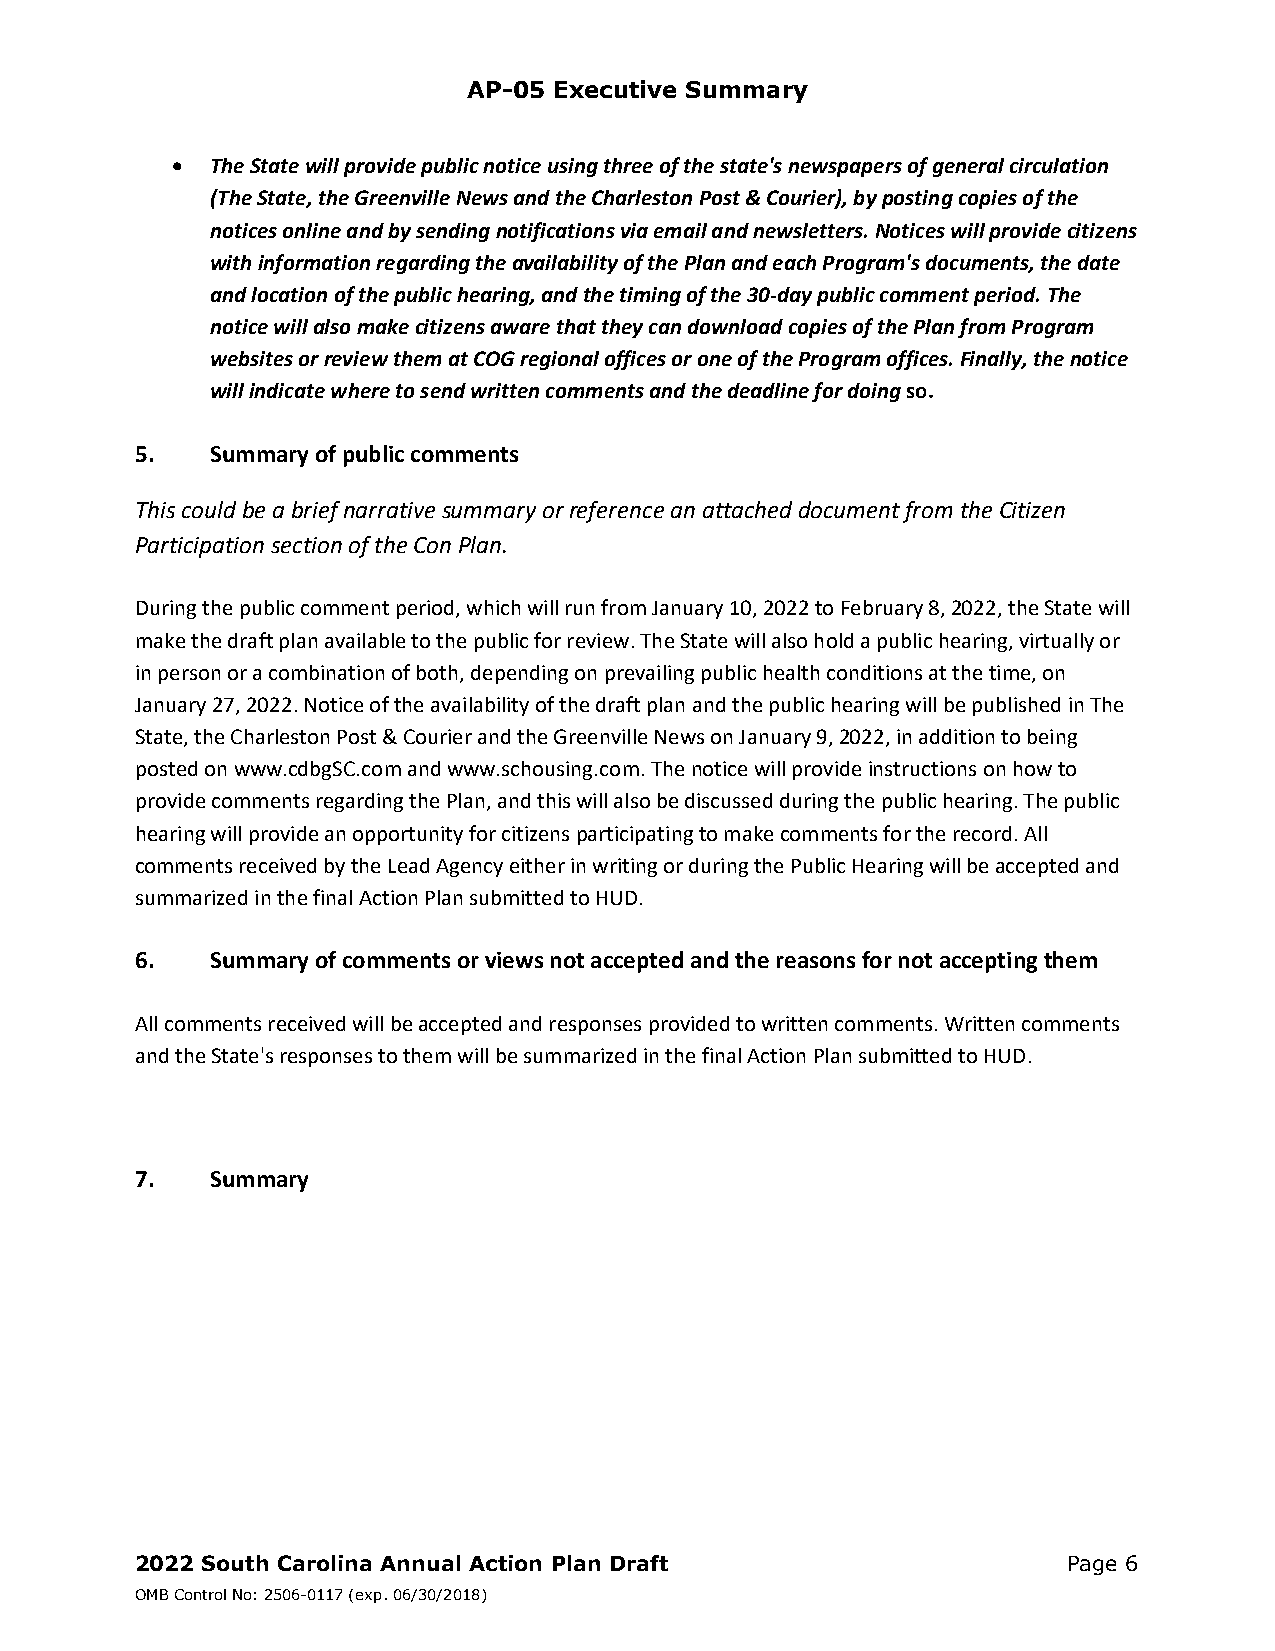
AP-05 Executive Summary
   The State will provide public notice using three of the state's newspapers of general circulation
 (The State, the Greenville News and the Charleston Post & Courier), by posting copies of the
 notices online and by sending notifications via email and newsletters. Notices will provide citizens
 with information regarding the availability of the Plan and each Program's documents, the date
 and location of the public hearing, and the timing of the 30‐day public comment period. The
 notice will also make citizens aware that they can download copies of the Plan from Program
 websites or review them at COG regional offices or one of the Program offices. Finally, the notice
 will indicate where to send written comments and the deadline for doing so.
 5.   Summary of public comments
 This could be a brief narrative summary or reference an attached document from the Citizen
 Participation section of the Con Plan.
 During the public comment period, which will run from January 10, 2022 to February 8, 2022, the State will
 make the draft plan available to the public for review. The State will also hold a public hearing, virtually or
 in person or a combination of both, depending on prevailing public health conditions at the time, on
 January 27, 2022. Notice of the availability of the draft plan and the public hearing will be published in The
 State, the Charleston Post & Courier and the Greenville News on January 9, 2022, in addition to being
 posted on www.cdbgSC.com and www.schousing.com. The notice will provide instructions on how to
 provide comments regarding the Plan, and this will also be discussed during the public hearing. The public
 hearing will provide an opportunity for citizens participating to make comments for the record. All
 comments received by the Lead Agency either in writing or during the Public Hearing will be accepted and
 summarized in the final Action Plan submitted to HUD.
 6.   Summary of comments or views not accepted and the reasons for not accepting them
 All comments received will be accepted and responses provided to written comments. Written comments
 and the State's responses to them will be summarized in the final Action Plan submitted to HUD.
 7.   Summary
 2022 South Carolina Annual Action Plan Draft                  Page 6
 OMB Control No: 2506-0117 (exp. 06/30/2018)